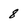
Character: 8